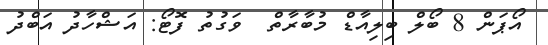
އޯޕަން 8 ބޯލް ބިލިއާޑް މުބާރާތް  ވަގުތު ފޮޓޯ: އަޝްހާދު އަބްދު